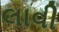
લાવી